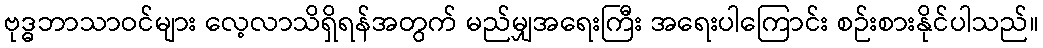
ဗုဒ္ဓဘာသာဝင်များ လေ့လာသိရှိရန်အတွက် မည်မျှအရေးကြီး အရေးပါကြောင်း စဉ်းစားနိုင်ပါသည်။